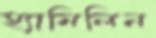
হ্যামিলিন